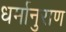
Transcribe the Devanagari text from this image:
धर्मानुराण